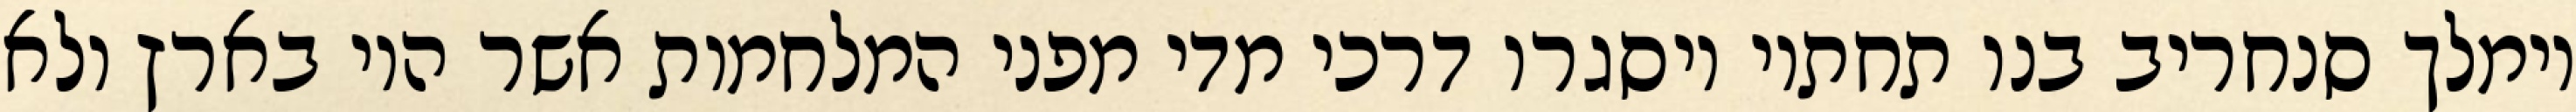
וימלך סנחריב בנו תחתיו ויסגרו דרכי מדי מפני המלחמות אשר היו בארץ ולא